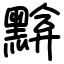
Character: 黭